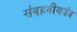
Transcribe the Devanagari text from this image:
संवहनीयतंत्र